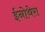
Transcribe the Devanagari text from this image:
ईनोथेरा